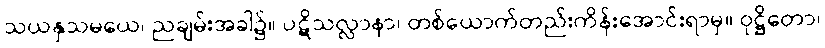
သယနှသမယေ၊ ညချမ်းအခါ၌။ ပဋိသလ္လာနာ၊ တစ်ယောက်တည်းကိန်းအောင်းရာမှ။ ဝုဋ္ဌိတော၊